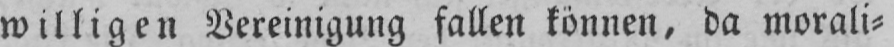
willigen Vereinigung fallen können, da morali⸗